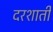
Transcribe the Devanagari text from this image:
दरशाती